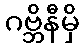
ဂဗ္ဘိနီမှိ